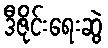
ဒီဇိုင်းရေးဆွဲ